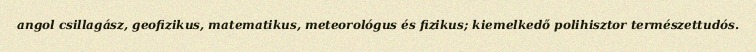
angol csillagász, geofizikus, matematikus, meteorológus és fizikus; kiemelkedő polihisztor természettudós.